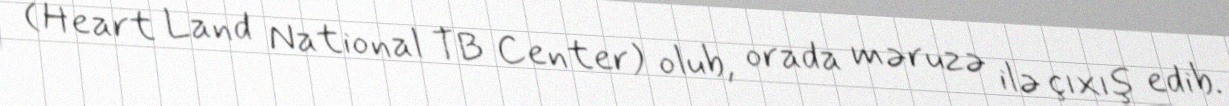
(Heart Land National TB Center) olub, orada məruzə ilə çıxış edib.